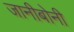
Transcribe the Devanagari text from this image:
जानीबोनी